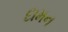
દામન